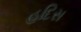
હદિસ